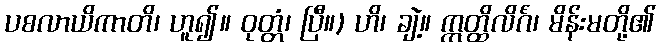
ပစလာယိကာတိ၊ ဟူ၍။ ဝုတ္တံ၊ ပြီ။) ဟိ၊ ချဲ့။ ဣတ္ထိလိင်္ဂံ၊ မိန်းမတို့၏